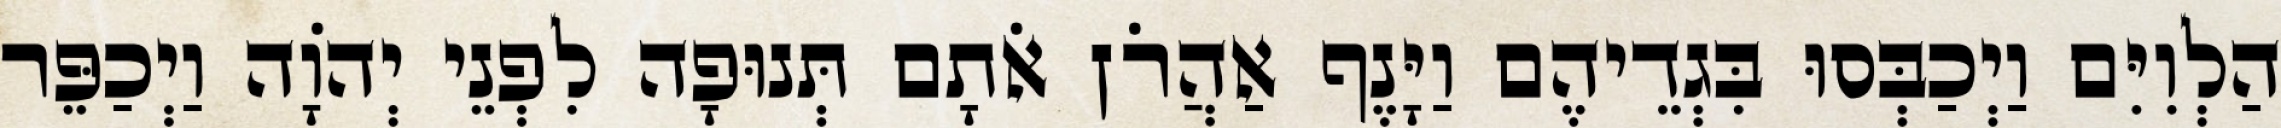
הַלְוִיִּם וַיְכַבְּסוּ בִּגְדֵיהֶם וַיָּנֶף אַהֲרֹן אֹתָם תְּנוּפָה לִפְנֵי יְהוָֹה וַיְכַפֵּר